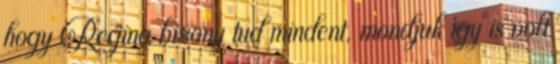
hogy Regina bizony tud mindent, mondjuk így is volt